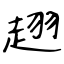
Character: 趐